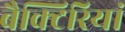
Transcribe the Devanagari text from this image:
बैक्टिरियां